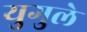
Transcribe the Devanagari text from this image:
युगुले